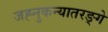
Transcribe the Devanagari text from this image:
जह्नुकन्यातरङ्गे